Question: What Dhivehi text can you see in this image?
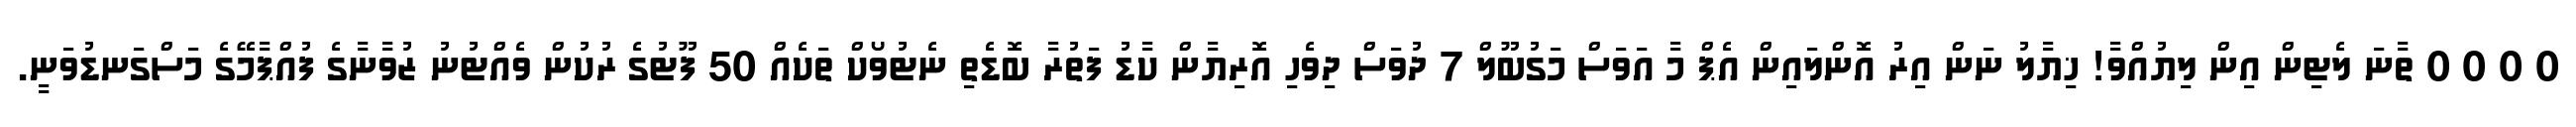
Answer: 0 0 0 0 ތާނަ ލެޓިން އިން ލިޔުއްވާ! ޚިޔާލު ނަން އިރު އޮންލައިން އެޕް މާ އަވަސް މަގުބޫލް 7 ދުވަސް ދިވެހި އޮރިޔާން ކާޑު ފަތުރާ ބޮޑެތި ނެޓުވޯކް ތަކެއް 50 ފޫޓުގެ ރުކުން ވެއްޓުނު ޒުވާނާގެ ފުއްޕާމޭގެ މަސްގަނޑުވަނީ.